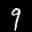
Label: 9